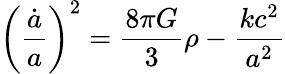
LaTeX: \left({\frac{\dot{a}}{a}}\right)^{2}={\frac{8\pi G}{3}}\rho-{\frac{kc^{2}}{a^{2}}}